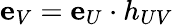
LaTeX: {\mathbf{e}}_{V}={\mathbf{e}}_{U}\cdot h_{UV}